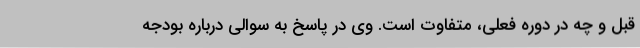
قبل و چه در دوره فعلی، متفاوت است. وی در پاسخ به سوالی درباره بودجه